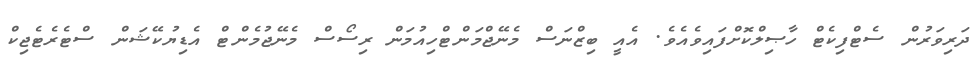
ދަރިވަރުން ސެޓްފިކެޓް ހާޞިލްކޮށްފައިވެއެވެ. އެއީ ބިޒްނަސް މެނޭޖްމަންޓްހިއުމަން ރިސޯސް މެނޭޖުމެންޓް އެޑިޔުކޭޝަން ސްޓެރެޓެޖިކް